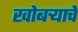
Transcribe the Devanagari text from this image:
खोबर्‍याचे